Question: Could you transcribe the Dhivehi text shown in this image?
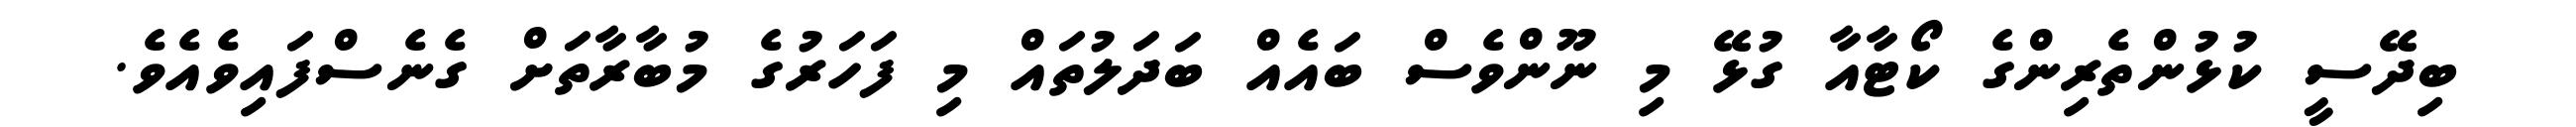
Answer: ބިދޭސީ ކުޅުންތެރިންގެ ކޯޓާއާ ގުޅޭ މި ނޫންވެސް ބައެއް ބަދަލުތައް މި ފަހަރުގެ މުބާރާތަށް ގެނެސްފައިވެއެވެ.